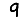
Digit: 9